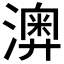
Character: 𤁌